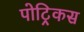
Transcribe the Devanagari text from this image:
पोट्रिकस